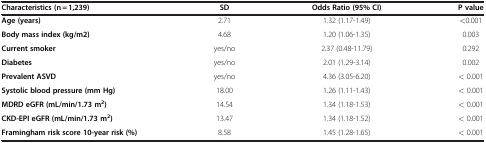
<table><thead><tr><td><b>Characteristics (n = 1,239)</b></td><td><b>SD</b></td><td><b>Odds Ratio (95% CI)</b></td><td><b>P value</b></td></tr></thead><tbody><tr><td><b>Age (years)</b></td><td>2.71</td><td>1.32 (1.17-1.49)</td><td>&lt;0.001</td></tr><tr><td><b>Body mass index (kg/m2)</b></td><td>4.68</td><td>1.20 (1.06-1.35)</td><td>0.003</td></tr><tr><td><b>Current smoker</b></td><td>yes/no</td><td>2.37 (0.48-11.79)</td><td>0.292</td></tr><tr><td><b>Diabetes</b></td><td>yes/no</td><td>2.01 (1.29-3.14)</td><td>0.002</td></tr><tr><td><b>Prevalent ASVD</b></td><td>yes/no</td><td>4.36 (3.05-6.20)</td><td>&lt; 0.001</td></tr><tr><td><b>Systolic blood pressure (mm Hg)</b></td><td>18.00</td><td>1.26 (1.11-1.43)</td><td>&lt; 0.001</td></tr><tr><td><b>MDRD eGFR (mL/min/1.73 m</b><sup><b>2</b></sup><b>)</b></td><td>14.54</td><td>1.34 (1.18-1.53)</td><td>&lt; 0.001</td></tr><tr><td><b>CKD-EPI eGFR (mL/min/1.73 m</b><sup><b>2</b></sup><b>)</b></td><td>13.47</td><td>1.34 (1.18-1.52)</td><td>&lt; 0.001</td></tr><tr><td><b>Framingham risk score 10-year risk (%)</b></td><td>8.58</td><td>1.45 (1.28-1.65)</td><td>&lt; 0.001</td></tr></tbody></table>